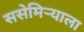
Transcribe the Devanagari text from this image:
ससेमिर्‍याला